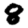
Digit: 8